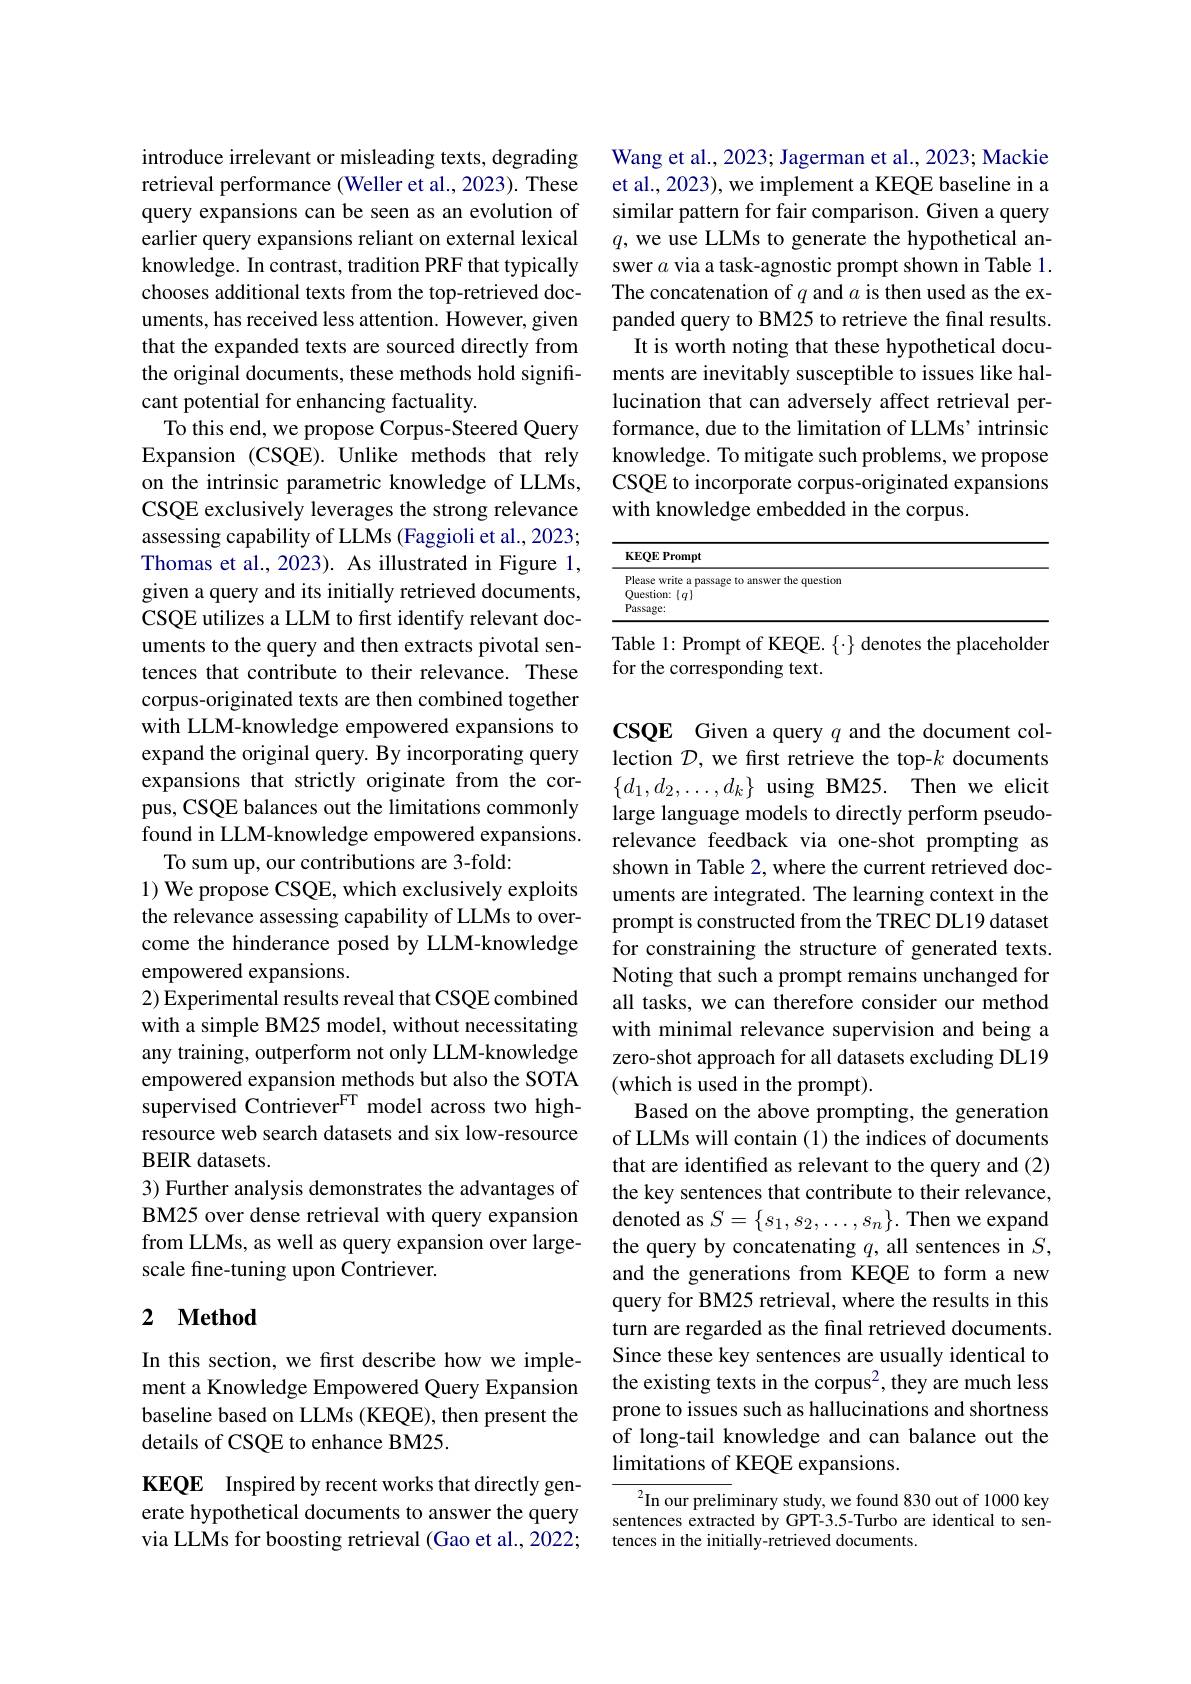
introduce irrelevant or misleading texts, degrading retrieval performance (Weller et al., 2023). These query expansions can be seen as an evolution of earlier query expansions reliant on external lexical knowledge. In contrast, tradition PRF that typically chooses additional texts from the top-retrieved documents, has received less attention. However, given that the expanded texts are sourced directly from the original documents, these methods hold significant potential for enhancing factuality.
To this end, we propose Corpus-Steered Query Expansion (CSQE). Unlike methods that rely on the intrinsic parametric knowledge of LLMs, CSQE exclusively leverages the strong relevance assessing capability of LLMs (Faggioli et al., 2023; Thomas et al., 2023). As illustrated in Figure 1, given a query and its initially retrieved documents, CSQE utilizes a LLM to first identify relevant documents to the query and then extracts pivotal sentences that contribute to their relevance. These corpus-originated texts are then combined together with LLM-knowledge empowered expansions to expand the original query. By incorporating query expansions that strictly originate from the corpus, CSQE balances out the limitations commonly found in LLM-knowledge empowered expansions.
To sum up, our contributions are 3-fold:
1) We propose CSQE, which exclusively exploits the relevance assessing capability of LLMs to overcome the hinderance posed by LLM-knowledge empowered expansions.
2) Experimental results reveal that CSQE combined with a simple BM25 model, without necessitating any training, outperform not only LLM-knowledge empowered expansion methods but also the SOTA supervised Contriever$^\mathrm{FT}$ model across two highresource web search datasets and six low-resource BEIR datasets.
3) Further analysis demonstrates the advantages of BM25 over dense retrieval with query expansion from LLMs, as well as query expansion over largescale fine-tuning upon Contriever.

## 2 $\textbf{Method}$

In this section, we first describe how we implement a Knowledge Empowered Query Expansion baseline based on LLMs (KEQE), then present the details of CSQE to enhance BM25.

KEQE Inspired by recent works that directly generate hypothetical documents to answer the query via LLMs for boosting retrieval (Gao et al., 2022;

Wang et al., 2023; Jagerman et al., 2023; Mackie et al., 2023), we implement a KEQE baseline in a similar pattern for fair comparison. Given a query $q$, we use LLMs to generate the hypothetical answer $a$ via a task-agnostic prompt shown in Table 1. The concatenation of $q$ and $a$ is then used as the expanded query to BM25 to retrieve the final results. It is worth noting that these hypothetical documents are inevitably susceptible to issues like hallucination that can adversely affect retrieval performance, due to the limitation of LLMs' intrinsic knowledge. To mitigate such problems, we propose CSQE to incorporate corpus-originated expansions with knowledge embedded in the corpus.

<table>
	<tbody>
		<tr>
			<th>KEQE Prompt</th>
		</tr>
		<tr>
			<td>p puestion</td>
		</tr>
		<tr>
			<td> </td>
		</tr>
		<tr>
			<td> </td>
		</tr>
	</tbody>
</table>

Table 1: Prompt of KEQE. $\{\cdot\}$ denotes the placeholder
for the corresponding text.

CSQE Given a query $q$ and the document collection $\mathcal{D}$, we first retrieve the top-$k$ documents $\{d_{1},d_{2},\ldots,d_{k}\}$ using BM25. Then we elicit large language models to directly perform pseudorelevance feedback via one-shot prompting as shown in Table 2, where the current retrieved documents are integrated. The learning context in the prompt is constructed from the TREC DL19 dataset for constraining the structure of generated texts. Noting that such a prompt remains unchanged for all tasks, we can therefore consider our method with minimal relevance supervision and being a zero-shot approach for all datasets excluding DL19 (which is used in the prompt).
Based on the above prompting, the generation of LLMs will contain (1) the indices of documents that are identified as relevant to the query and (2) the key sentences that contribute to their relevance, denoted as $S=\{s_1,s_2,\ldots,s_n\}.$ Then we expand the query by concatenating $q$, all sentences in $S$, and the generations from KEQE to form a new query for BM25 retrieval, where the results in this turn are regarded as the final retrieved documents. Since these key sentences are usually identical to the existing texts in the corpus$^2$,they are much less prone to issues such as hallucinations and shortness of long-tail knowledge and can balance out the limitations of KEQE expansions.
$^2$In our preliminary study, we found 830 out of 1000 key

sentences extracted by GPT-3.5-Turbo are identical to sen-
tences in the initially-retrieved documents.